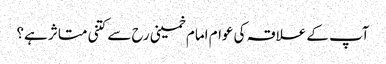
آپ کے علاقہ کی عوام امام خمینی رح سے کتنی متاثر ہے؟